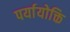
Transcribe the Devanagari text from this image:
पर्यायोक्ति